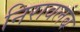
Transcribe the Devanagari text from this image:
निरावलंब